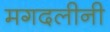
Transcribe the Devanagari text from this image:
मगदलीनी